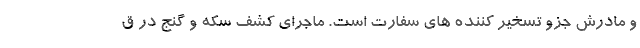
و مادرش جزو تسخیر کننده های سفارت است. ماجرای کشف سکه‌ و گنج در ق